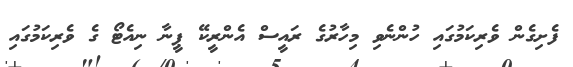
ފެށިގެން ވެރިކަމުގައި ހުންނެވި މިހާރުގެ ރައީސް އެންރީކޭ ޕީނާ ނިއެޓޯ ގެ ވެރިކަމުގައި